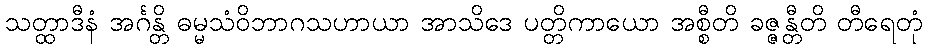
သတ္ထာဒီနံ အင်္ဂန္တိ ဓမ္မသံဝိဘာဂသဟာယာ အာသိဒေ ပတ္တိကာယော အစ္စီတိ ခဇ္ဇန္တီတိ တီရေတုံ